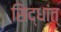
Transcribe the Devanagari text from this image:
सिद्धांत्‌